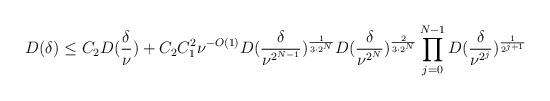
LaTeX: \begin{align*}D(\delta) \leq C_{2}D(\frac{\delta}{\nu}) + C_{2}C_{1}^{2}\nu^{-O(1)}D(\frac{\delta}{\nu^{2^{N - 1}}})^{\frac{1}{3 \cdot 2^N}}D(\frac{\delta}{\nu^{2^N}})^{\frac{2}{3 \cdot 2^N}}\prod_{j = 0}^{N - 1}D(\frac{\delta}{\nu^{2^j}})^{\frac{1}{2^{j + 1}}}\end{align*}